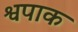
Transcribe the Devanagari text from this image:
श्वपाक